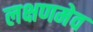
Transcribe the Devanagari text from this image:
लक्षणमेव